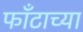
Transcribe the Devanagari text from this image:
फाँटाच्या